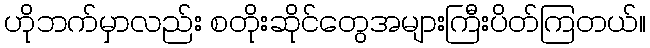
ဟိုဘက်မှာလည်း စတိုးဆိုင်တွေအများကြီးပိတ်ကြတယ်။